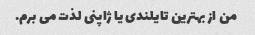
من از بهترین تایلندی یا ژاپنی لذت می برم.